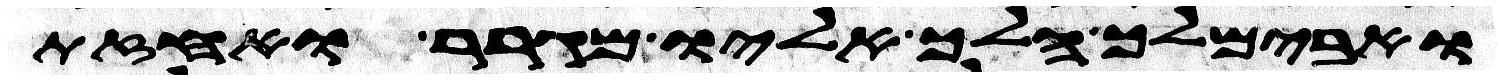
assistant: ואבימלך הלך אליו מגרר ואחזת